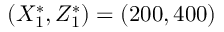
( X _ { 1 } ^ { * } , Z _ { 1 } ^ { * } ) = ( 2 0 0 , 4 0 0 )